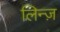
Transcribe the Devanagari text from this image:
लिन्ज़